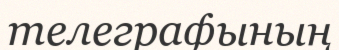
телеграфының